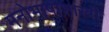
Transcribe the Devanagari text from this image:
मनोभाषाशास्त्री